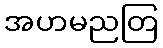
အဟမညတြ